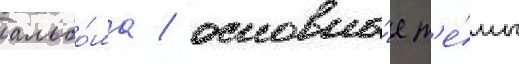
альбо́ма / основны́е т'е́мы